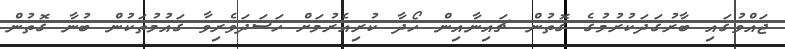
ޖައްވުގައި ބާރުގަދަކުރުމުގެ ގޮތުން ޗައިނާއިން ހޯދާ ކުރިއެރުމަށް ހަސަދަވެރިވާ ގައުމުތަކުން ބުނާ ގޮތުން